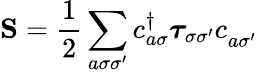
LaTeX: \mathbf{S}=\frac{1}{2}\sum_{a\sigma\sigma^{\prime}}c_{a\sigma}^{\dagger}\boldsymbol{\tau}_{\sigma\sigma^{\prime}}c_{a\sigma^{\prime}}^{\phantom{\dagger}}